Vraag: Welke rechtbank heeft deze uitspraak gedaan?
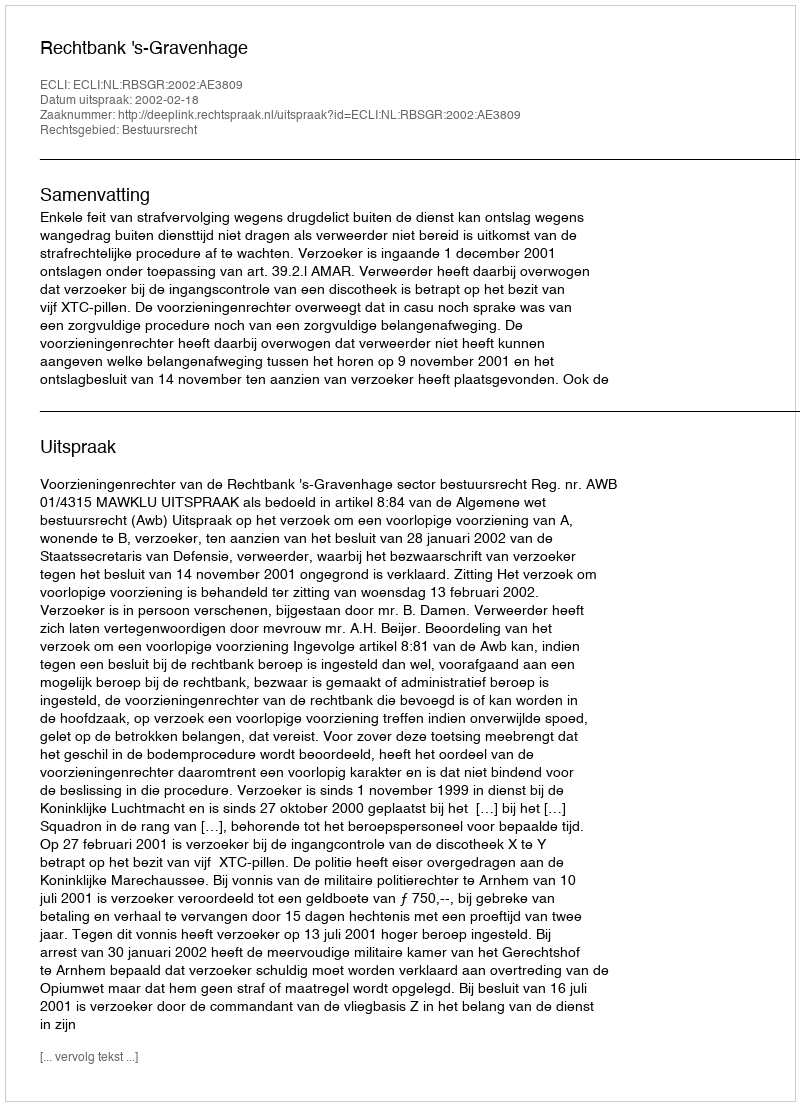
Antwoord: Rechtbank 's-Gravenhage